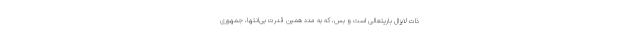
ذات لایزال باریتعالی است و بس، که به مدد همین قدرت بی‌انتها، جمهوری